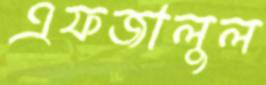
এফজালুল